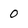
Character: 0